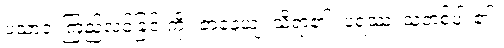
ပသာဒံ၊ ကြည်လင်ခြင်းကို။ ဇာနေယျ၊ သိရာ၏။ ပရဿ၊ သူတစ်ပါး၏။